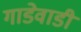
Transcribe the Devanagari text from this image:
गाडेवाडी